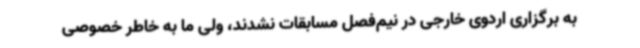
به برگزاری اردوی خارجی در نیم‌فصل مسابقات نشدند، ولی ما به خاطر خصوصی